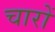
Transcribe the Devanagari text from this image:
चारों